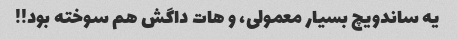
یه ساندویچ بسیار معمولى، و هات داگش هم سوخته بود!!